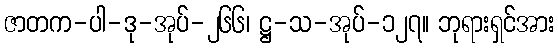
ဇာတက-ပါ-ဒု-အုပ်-၂၆၆၊ ဋ္ဌ-သ-အုပ်-၁၂၇။ ဘုရားရှင်အား